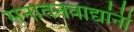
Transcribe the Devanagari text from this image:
सनातनवाद्यांनी